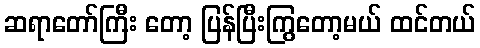
ဆရာတော်ကြီး တော့ ပြန်ပြီးကြွတော့မယ် ထင်တယ်